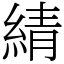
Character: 綪